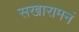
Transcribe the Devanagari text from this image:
सखारामनं